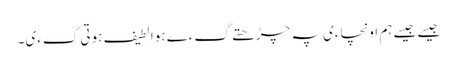
جیسے جیسے ہم اونچاءی پہ چڑھتے گءے ہوا لطیف ہوتی گءی۔